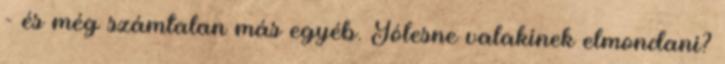
- és még számtalan más egyéb. Jólesne valakinek elmondani?